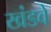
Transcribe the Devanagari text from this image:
खंडवे